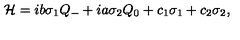
{ \cal H } = i b \sigma _ { 1 } Q _ { - } + i a \sigma _ { 2 } Q _ { 0 } + c _ { 1 } \sigma _ { 1 } + c _ { 2 } \sigma _ { 2 } ,